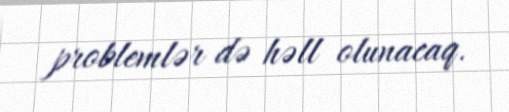
problemlər də həll olunacaq.